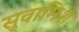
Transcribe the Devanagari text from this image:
सुवामिश